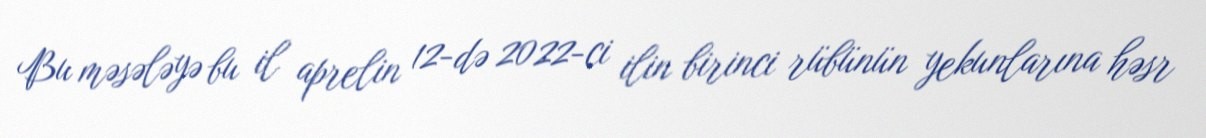
Bu məsələyə bu il aprelin 12-də 2022-ci ilin birinci rübünün yekunlarına həsr